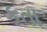
કતા